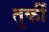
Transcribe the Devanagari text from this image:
तुर्कीं